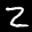
Label: 2